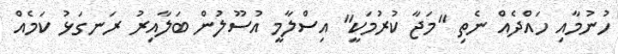
ހުނުމާއި ހައްދެއް ނެތި "މަޖާ ކުރުމަކީ" އިސްލާމީ އުސޫލުން ބަލާއިރު ރަނގަޅު ކަމެއް